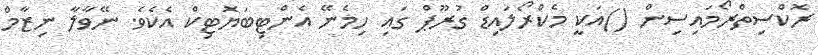
ރޮކްސިތްރޯމައިސިން ()އަކީ މެކްރޯލައިޑް ގުރޫޕް ގައި ހިމެނޭ އެންޓިބަޔޮޓިކް އެކެވެ. ނޭވާލާ ނިޒާމް